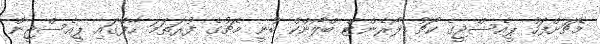
މެޗަށްފަހު ޕީއެސްޖީގެ ކޯޗު ލޯރެންޓް ބްލޯންކް ބުނީ މެޗުގެ ފުރަތަމަ ހާފްގައި ޕީއެސްޖީން